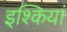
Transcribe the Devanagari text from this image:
इश्कियां